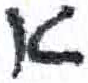
אות: א